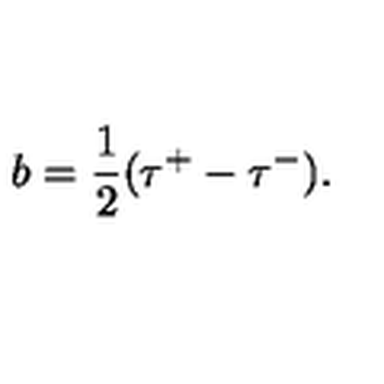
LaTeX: b = \frac 1 2 ( \tau ^ { + } - \tau ^ { - } ) .